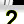
Digit: 2